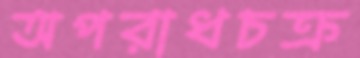
অপরাধচক্র